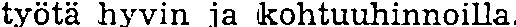
työtä hyvin ja kohtuuhinnoilla,